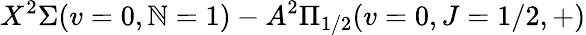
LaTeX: X^{2}\Sigma(v=0,\mathbb{N}=1)-A^{2}\Pi_{1/2}(v=0,J=1/2,+)